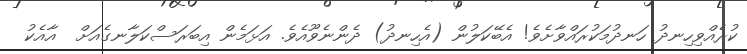
ކުރެއްވިހިނދު ހަނދުމަކުރައްވާށެވެ! އެބޭކަލުން (އެހިނދު) ދެންނެވޫއެވެ. އަޅަމެން އިބަރަސްކަލާނގެއަށް  އާއެކު